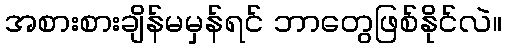
အစားစားချိန်မမှန်ရင် ဘာတွေဖြစ်နိုင်လဲ။